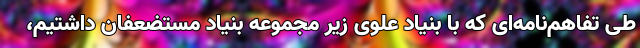
طی تفاهم‌نامه‌ای که با بنیاد علوی زیر مجموعه بنیاد مستضعفان داشتیم،